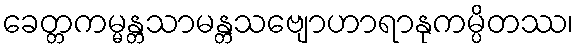
ခေတ္တကမ္မန္တသာမန္တသဗျောဟာရာနုကမ္ပိတဿ၊